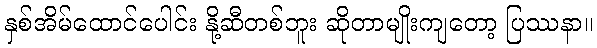
နှစ်အိမ်ထောင်ပေါင်း နို့ဆီတစ်ဘူး ဆိုတာမျိုးကျတော့ ပြဿနာ။